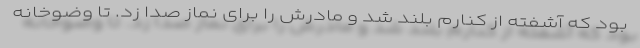
بود که آشفته از کنارم بلند شد و مادرش را برای نماز صدا زد. تا وضوخانه